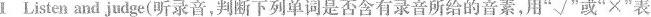
1 Listen and judge(听录音，判断下列单词是否含有录音所给的音素，用”√”或”×”表